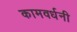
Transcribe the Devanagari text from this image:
कामवर्धनी